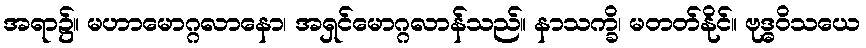
အရာ၌။ မဟာမောဂ္ဂလာနော၊ အရှင်မောဂ္ဂလာန်သည်။ နာသက္ခိ၊ မတတ်နိုင်။ ဗုဒ္ဓဝိသယေ